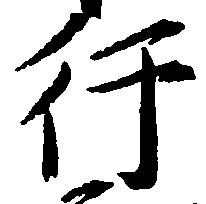
行